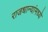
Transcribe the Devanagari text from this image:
राजधान्यांमध्ये